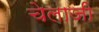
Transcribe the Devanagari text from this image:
चेलाजी